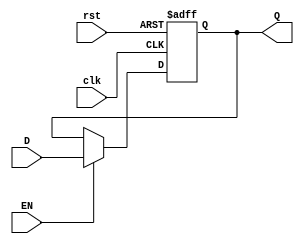
module gated_d_latch_flip_flop (
    input wire D,
    input wire EN,
    input wire clk,
    input wire rst,
    output reg Q
);

always @(posedge clk or posedge rst) begin
    if (rst) begin
        Q <= 1'b0; // Predefined value for reset input
    end else if (EN) begin
        Q <= D; // Latch holds the value of the data input when enable input is high
    end
end

endmodule